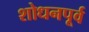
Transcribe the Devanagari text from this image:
शोधनपूर्व